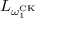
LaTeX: L _ { \omega _ { 1 } ^ { \mathrm { C K } } }